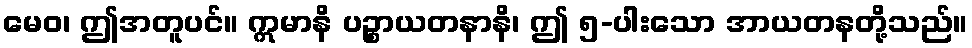
မေဝ၊ ဤအတူပင်။ ဣမာနိ ပဉ္စာယတနာနိ၊ ဤ ၅-ပါးသော အာယတနတို့သည်။